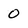
Character: 0